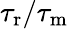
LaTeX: {\tau_{\mathrm{r}}}/{\tau_{\mathrm{m}}}